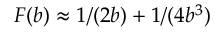
F ( b ) \approx 1 / ( 2 b ) + 1 / ( 4 b ^ { 3 } )